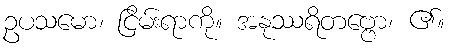
ဥပသမော၊ ငြိမ်းရာကို။ အနုဿရိတဗ္ဗော၊ ၏။